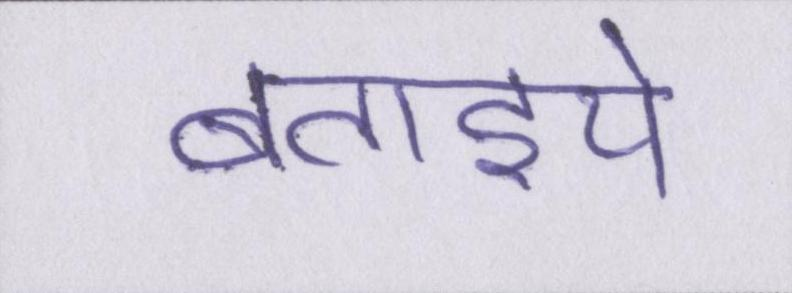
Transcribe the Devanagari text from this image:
बताइये